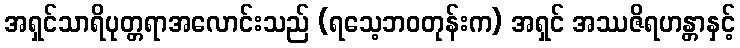
အရှင်သာရိပုတ္တရာအလောင်းသည် (ရသေ့ဘဝတုန်းက) အရှင် အဿဇိရဟန္တာနှင့်